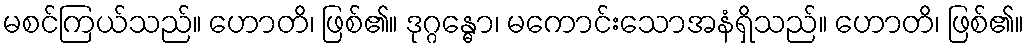
မစင်ကြယ်သည်။ ဟောတိ၊ ဖြစ်၏။ ဒုဂ္ဂန္ဓော၊ မကောင်းသောအနံရှိသည်။ ဟောတိ၊ ဖြစ်၏။